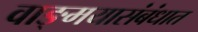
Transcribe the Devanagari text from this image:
वाङ्‌मयासंबंधात